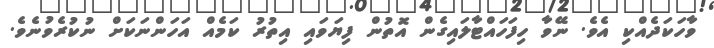
ވާހަކަދެއްކި އެވެ. ނޭވާ ހިފަހައްޓާލައިގެން އޮތުން ފިޔަވައި އިތުރު ކަމެއް އަހަންނަކަށް ނުކުރެވުނެވެ.